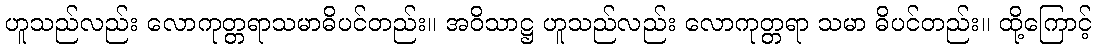
ဟူသည်လည်း လောကုတ္တရာသမာဓိပင်တည်း။ အဝိသာဋ္ဌ ဟူသည်လည်း လောကုတ္တရာ သမာ ဓိပင်တည်း။ ထို့ကြောင့်